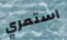
استمري